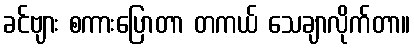
ခင်ဗျား စကားပြောတာ တကယ် သေချာလိုက်တာ။